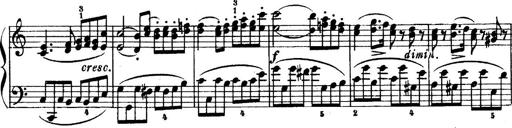
Title: 6 Piano Sonatinas
Composer: Cornelius Gurlitt